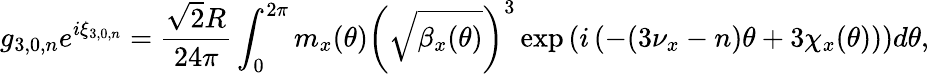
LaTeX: g_{3,0,n}e^{i\xi_{3,0,n}}=\frac{\sqrt 2R}{24\pi}\int_{0}^{2\pi}{m_{x}(\theta)\left(\sqrt{\beta_{x}(\theta)}\right)^{3}\exp\left(i\left(-(3\nu_{x}-n)\theta+3\chi_{x}(\theta)\right)\right)d\theta},